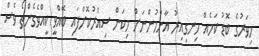
މިވަރުގެ ބޮޑު ކަމެއް ހިނގިއިރު އާންމުންނަށް މިކަން ސިއްރުކޮށްފައި ބޭއްވީ ކީއްވެގެންތޯ ވެސް